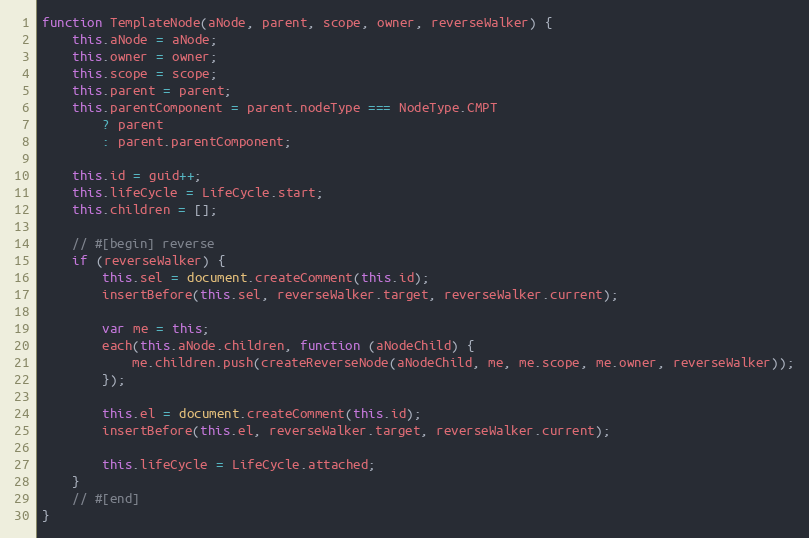
Language: JavaScript
function TemplateNode(aNode, parent, scope, owner, reverseWalker) {
    this.aNode = aNode;
    this.owner = owner;
    this.scope = scope;
    this.parent = parent;
    this.parentComponent = parent.nodeType === NodeType.CMPT
        ? parent
        : parent.parentComponent;

    this.id = guid++;
    this.lifeCycle = LifeCycle.start;
    this.children = [];

    // #[begin] reverse
    if (reverseWalker) {
        this.sel = document.createComment(this.id);
        insertBefore(this.sel, reverseWalker.target, reverseWalker.current);

        var me = this;
        each(this.aNode.children, function (aNodeChild) {
            me.children.push(createReverseNode(aNodeChild, me, me.scope, me.owner, reverseWalker));
        });

        this.el = document.createComment(this.id);
        insertBefore(this.el, reverseWalker.target, reverseWalker.current);

        this.lifeCycle = LifeCycle.attached;
    }
    // #[end]
}